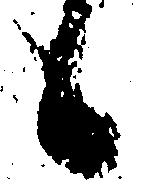
候